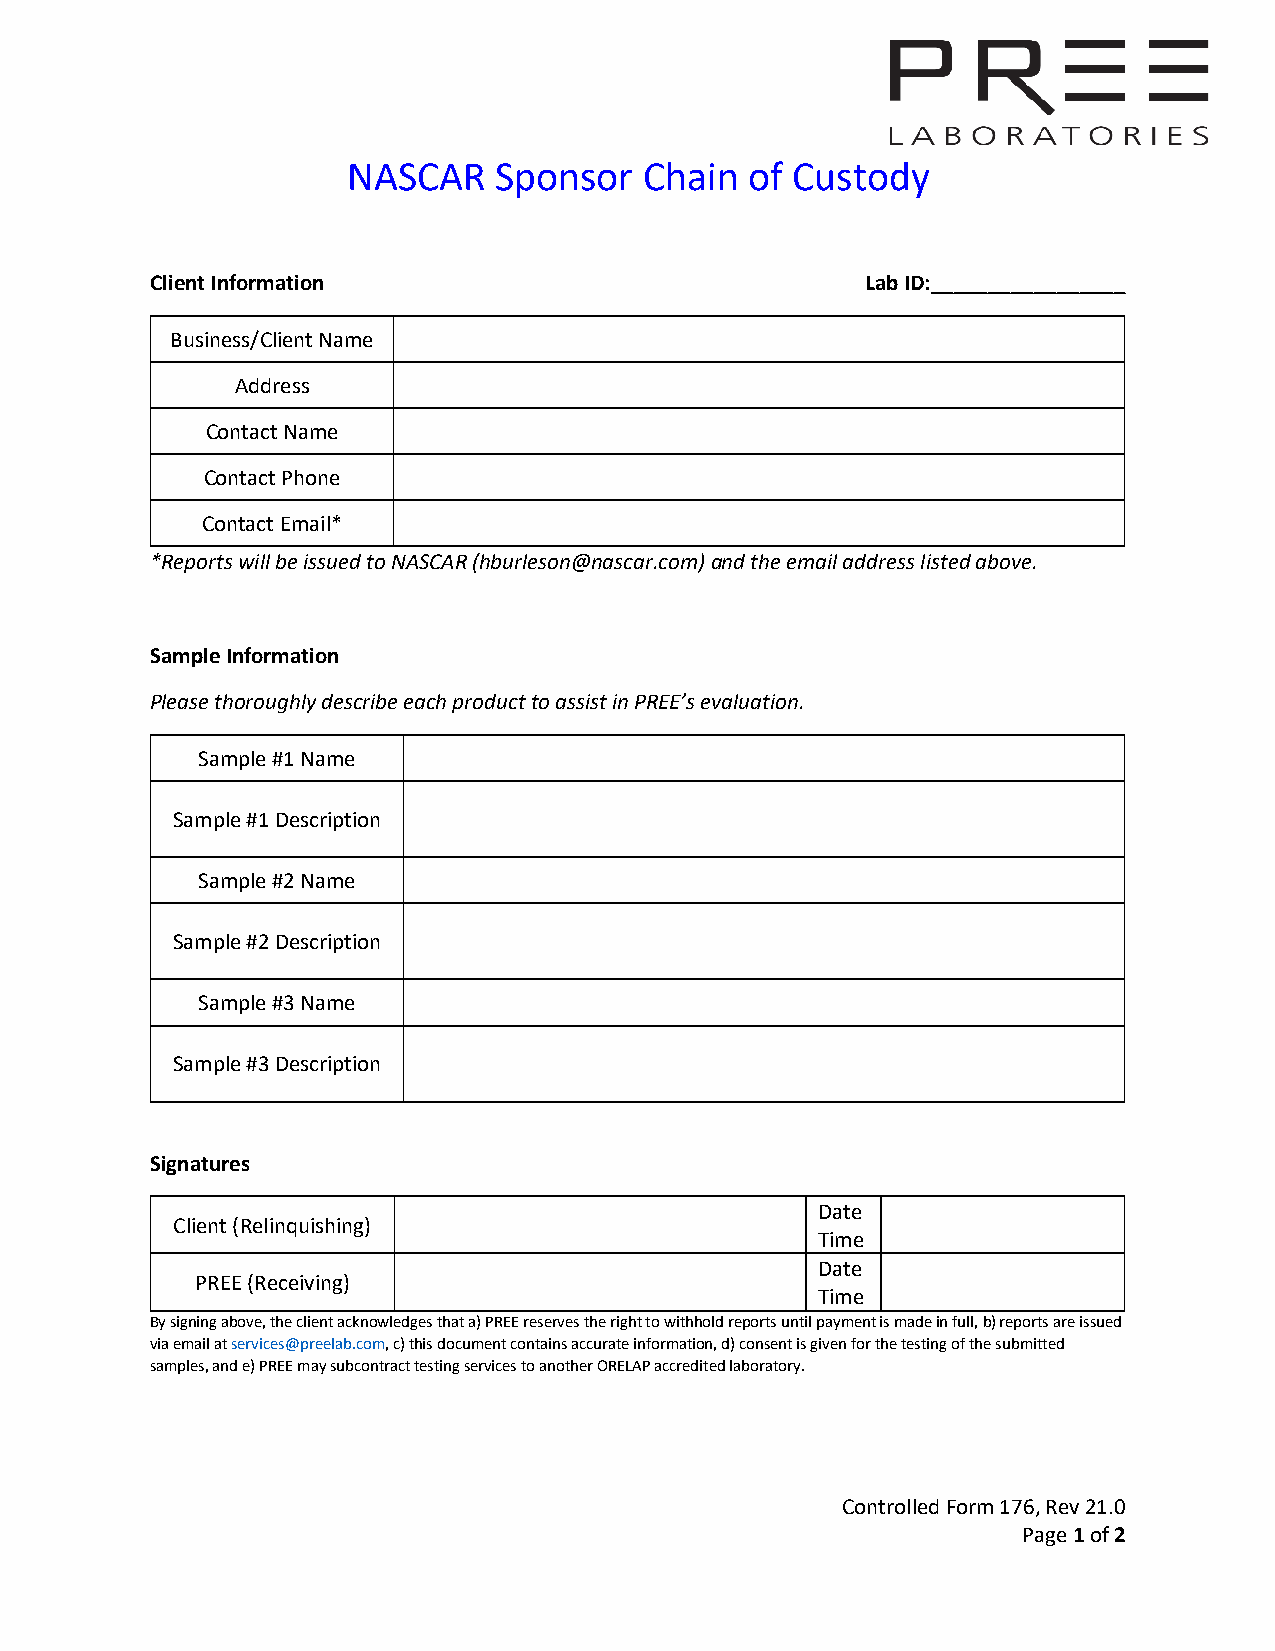
NASCAR    Sponsor   Chain  of Custody
 Client Information                             Lab ID:_________________
 Business/Client Name
 Address
 Contact Name
 Contact Phone
 Contact Email*
 *Reports will be issued to NASCAR (hburleson@nascar.com) and the email address listed above.
 Sample Information
 Please thoroughly describe each product to assist in PREE’s evaluation.
 Sample #1 Name
 Sample #1 Description
 Sample #2 Name
 Sample #2 Description
 Sample #3 Name
 Sample #3 Description
 Signatures
 Date
 Client (Relinquishing)
 Time
 Date
 PREE (Receiving)
 Time
 By signing above, the client acknowledges that a) PREE reserves the right to withhold reports until payment is made in full, b) reports are issued
 via email at services@preelab.com, c) this document contains accurate information, d) consent is given for the testing of the submitted
 samples, and e) PREE may subcontract testing services to another ORELAP accredited laboratory.
 Controlled Form 176, Rev 21.0
 Page 1 of 2